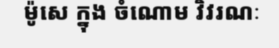
ម៉ូសេ ក្នុង ចំណោម វិវរណៈ